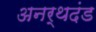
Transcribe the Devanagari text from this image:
अनर्थदंड